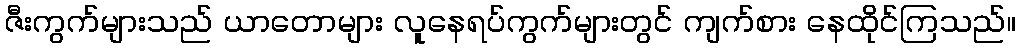
ဇီးကွက်များသည် ယာတောများ လူနေရပ်ကွက်များတွင် ကျက်စား နေထိုင်ကြသည်။